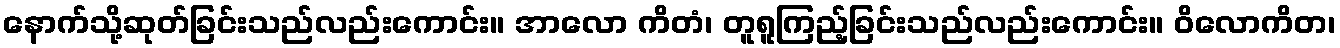
နောက်သို့ဆုတ်ခြင်းသည်လည်းကောင်း။ အာလော ကိတံ၊ တူရူကြည့်ခြင်းသည်လည်းကောင်း။ ဝိလောကိတ၊